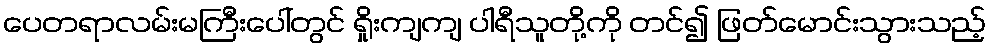
ပေတရာလမ်းမကြီးပေါ်တွင် ရှိုးကျကျ ပါရီသူတို့ကို တင်၍ ဖြတ်မောင်းသွားသည့်